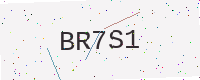
Text: BR7S1